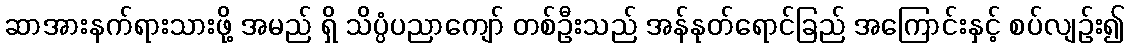
ဆာအားနက်ရားသားဖို့ အမည် ရှိ သိပ္ပံပညာကျော် တစ်ဦးသည် အန်နုတ်ရောင်ခြည် အကြောင်းနှင့် စပ်လျဉ်း၍